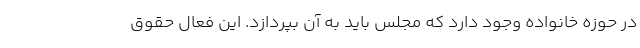
در حوزه خانواده وجود دارد که مجلس باید به آن بپردازد. این فعال حقوق